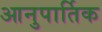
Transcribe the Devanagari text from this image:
आनुपार्तिक